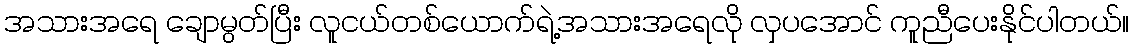
အသားအရေ ချောမွတ်ပြီး လူငယ်တစ်ယောက်ရဲ့အသားအရေလို လှပအောင် ကူညီပေးနိုင်ပါတယ်။